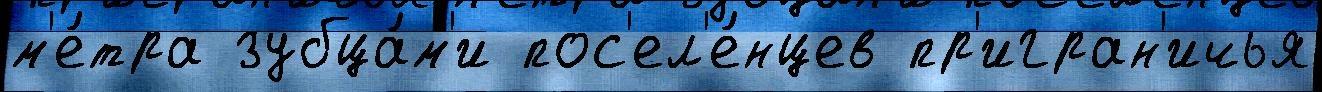
м'е́тра зубца́м'и пос'ел'е́нцев пр'игран'ичья